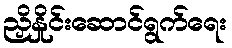
ညှိနှိုင်းဆောင်ရွက်ရေး